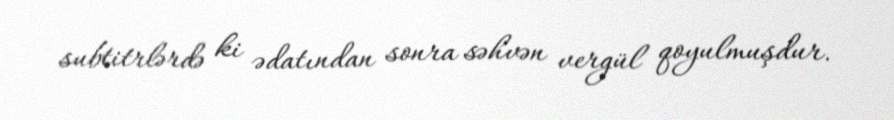
subtitrlərdə ki ədatından sonra səhvən vergül qoyulmuşdur.